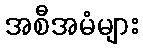
အစီအမံများ